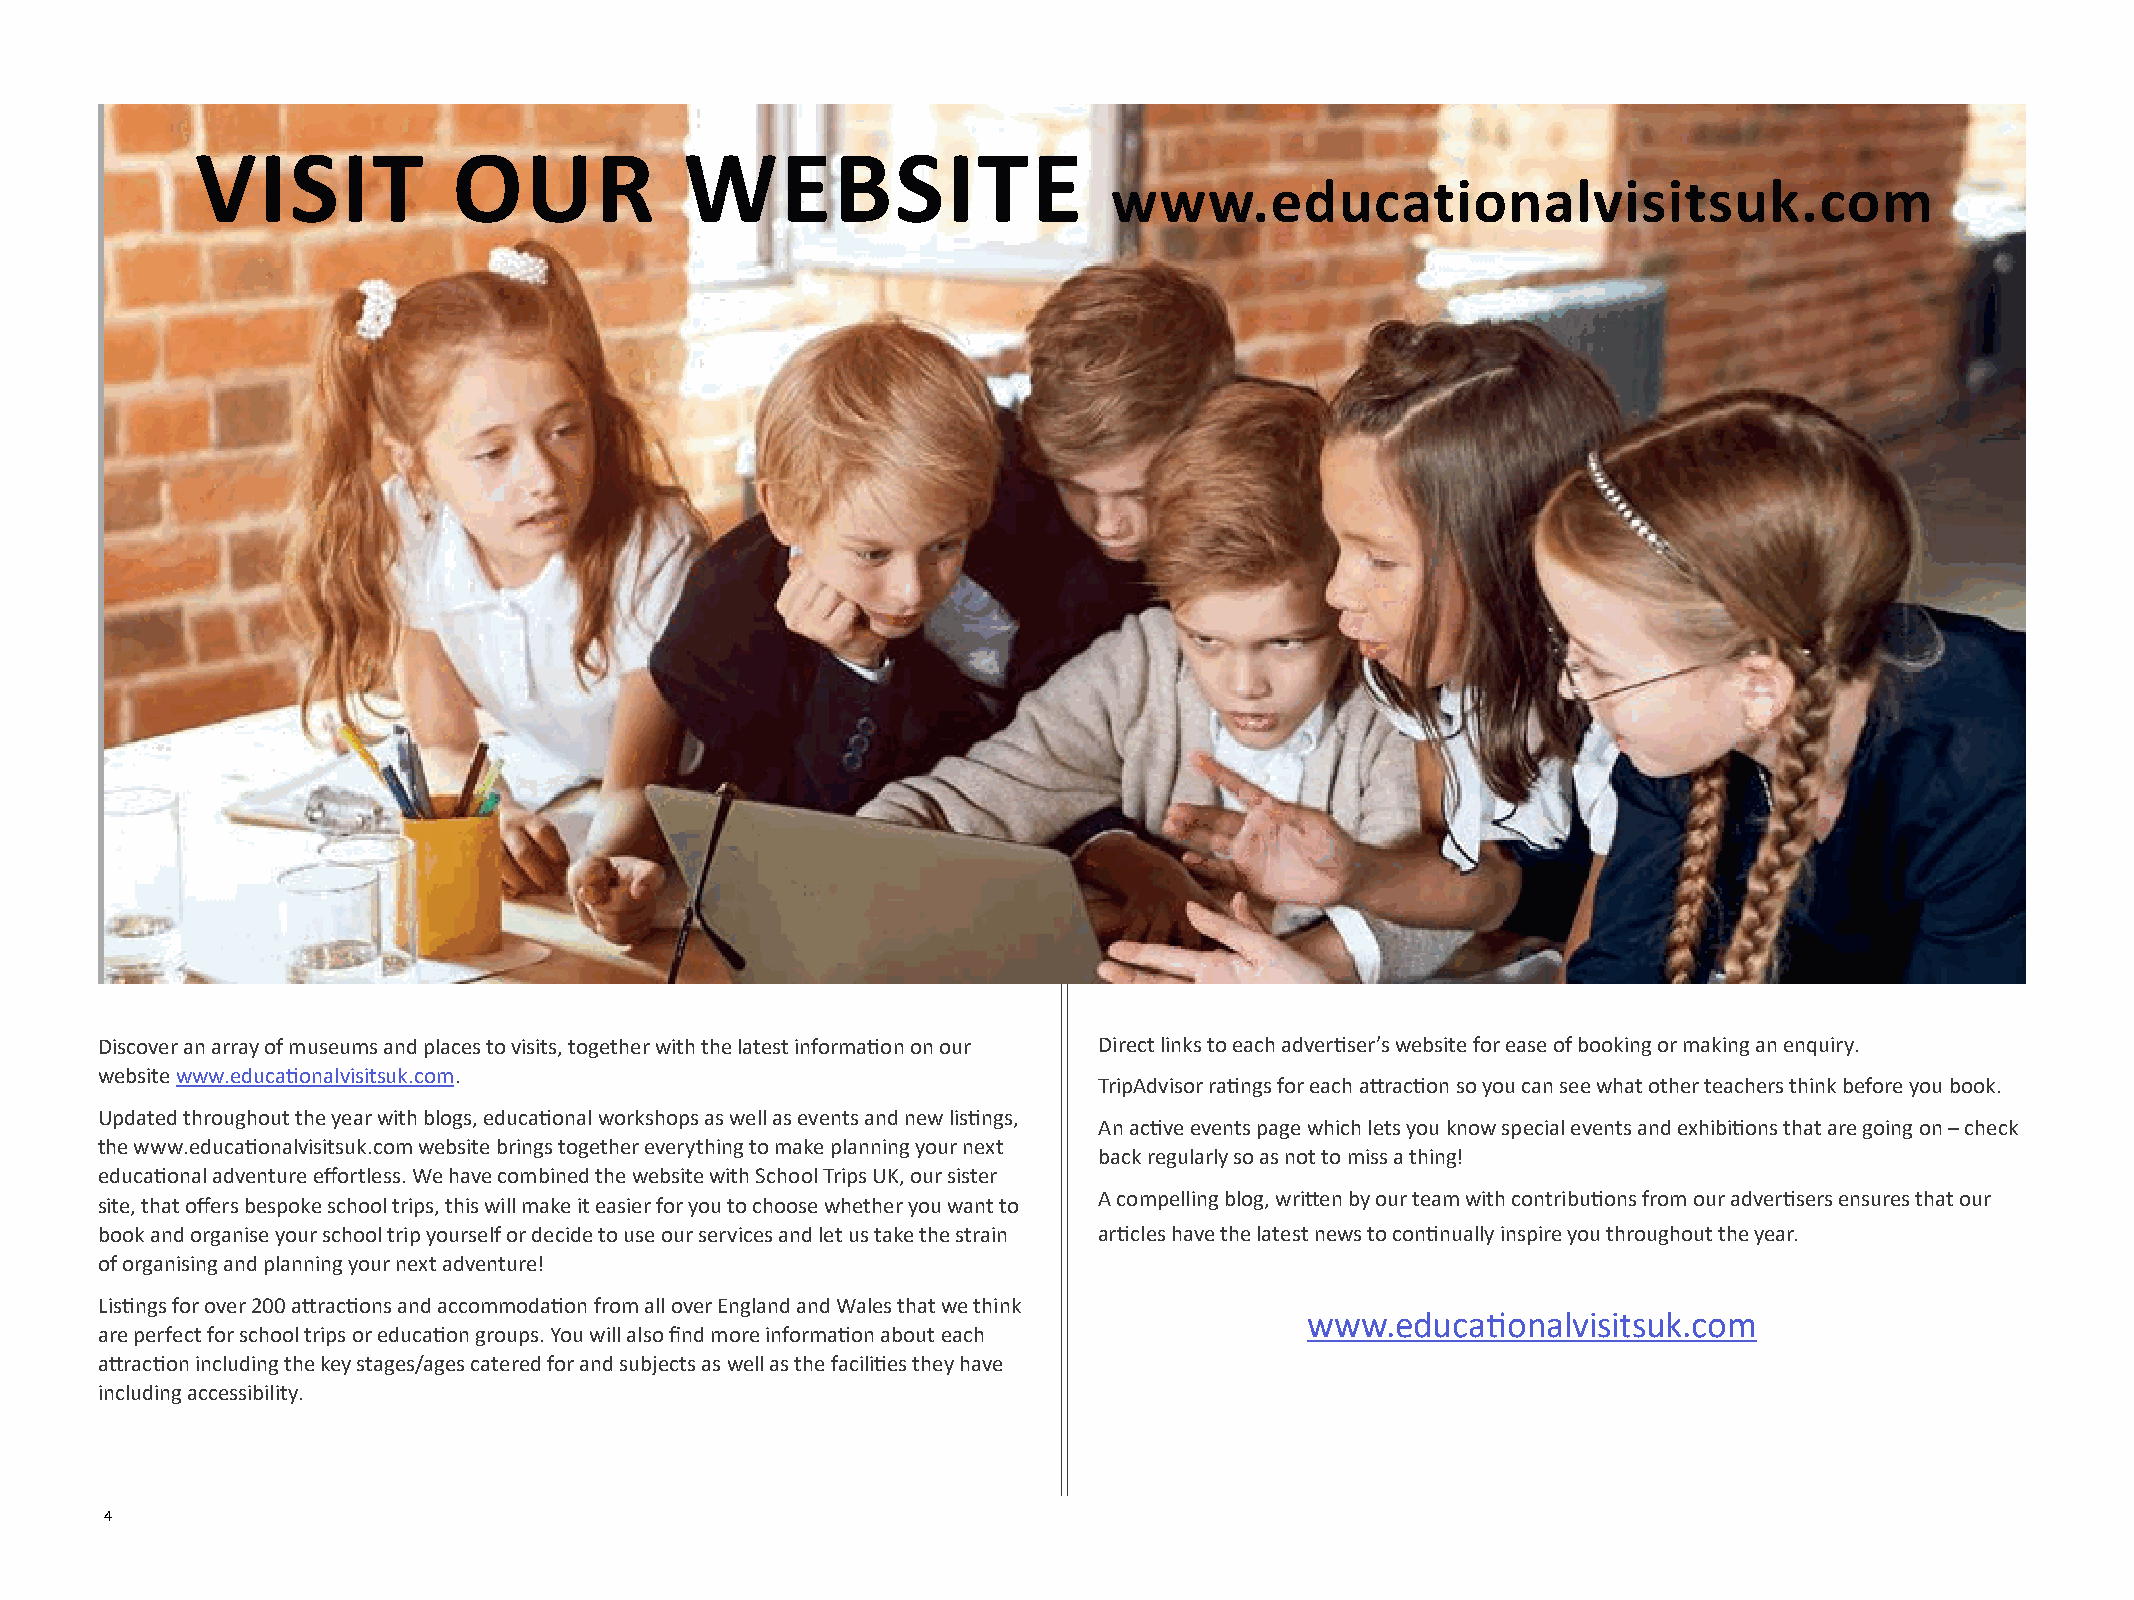
VISIT            OUR            WEBSITE
 www.educationalvisitsuk.com
 Discover an array of museums and places to visits, together with the latest information on our Direct links to each advertiser’s website for ease of booking or making an enquiry.
 website www.educationalvisitsuk.com.
 TripAdvisor ratings for each attraction so you can see what other teachers think before you book.
 Updated throughout the year with blogs, educational workshops as well as events and new listings,
 An active events page which lets you know special events and exhibitions that are going on – check
 the www.educationalvisitsuk.com website brings together everything to make planning your next
 back regularly so as not to miss a thing!
 educational adventure effortless. We have combined the website with School Trips UK, our sister
 A compelling blog, written by our team with contributions from our advertisers ensures that our
 site, that offers bespoke school trips, this will make it easier for you to choose whether you want to
 book and organise your school trip yourself or decide to use our services and let us take the strain articles have the latest news to continually inspire you throughout the year.
 of organising and planning your next adventure!
 Listings for over 200 attractions and accommodation from all over England and Wales that we think
 www.educationalvisitsuk.com
 are perfect for school trips or education groups. You will also find more information about each
 attraction including the key stages/ages catered for and subjects as well as the facilities they have
 including accessibility.
 4   GO YORKSHIRE DAYS OUT                                                                                               AUTUMN 2020